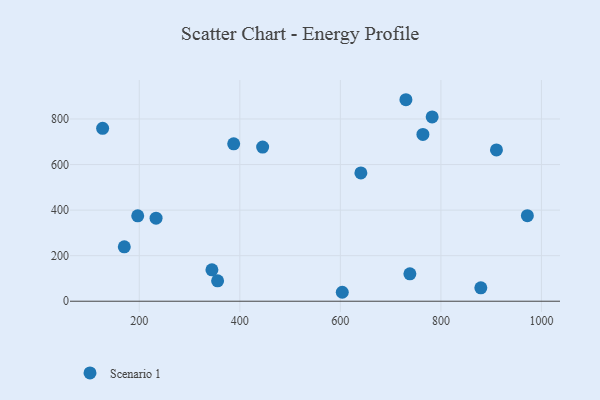
{"axis": {"x": "Experience", "y": "Demand"}, "legend": ["Scenario 1"], "data": [{"x": "445.4", "y": 676.9, "type": "Scenario 1"}, {"x": "730.4", "y": 884.6, "type": "Scenario 1"}, {"x": "170.2", "y": 239.0, "type": "Scenario 1"}, {"x": "196.9", "y": 374.7, "type": "Scenario 1"}, {"x": "879.4", "y": 58.8, "type": "Scenario 1"}, {"x": "355.8", "y": 89.5, "type": "Scenario 1"}, {"x": "603.8", "y": 39.3, "type": "Scenario 1"}, {"x": "738.3", "y": 120.2, "type": "Scenario 1"}, {"x": "233.4", "y": 364.4, "type": "Scenario 1"}, {"x": "387.8", "y": 691.2, "type": "Scenario 1"}, {"x": "344.5", "y": 138.0, "type": "Scenario 1"}, {"x": "127.1", "y": 759.1, "type": "Scenario 1"}, {"x": "640.8", "y": 563.4, "type": "Scenario 1"}, {"x": "764.2", "y": 732.4, "type": "Scenario 1"}, {"x": "782.6", "y": 809.3, "type": "Scenario 1"}, {"x": "910.5", "y": 664.2, "type": "Scenario 1"}, {"x": "972.0", "y": 375.5, "type": "Scenario 1"}]}